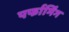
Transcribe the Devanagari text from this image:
पर्फार्मिंग